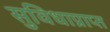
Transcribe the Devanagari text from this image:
सुविधाप्राप्त